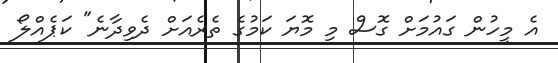
އެ މީހުން ގައުމަށް ގޮސް މި މޮޔަ ކަމުގެ ތެރެއަށް ދެވިދާނެ" ކަޕެއްލޯ